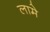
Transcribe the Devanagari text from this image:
लामे